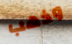
وذهب